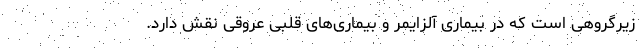
زیرگروهی است که در بیماری آلزایمر و بیماری‌های قلبی عروقی نقش دارد.